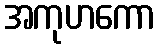
အကုဟကော